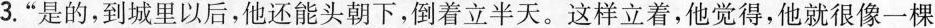
3.”是的，到城里以后，他还能头朝下，倒着立半天。这样立着，他觉得，他就很像一棵